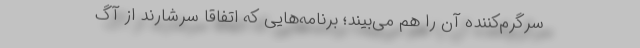
سرگرم‌کننده آن را هم می‌بیند؛ برنامه‌هایی که اتفاقا سرشارند از آگ